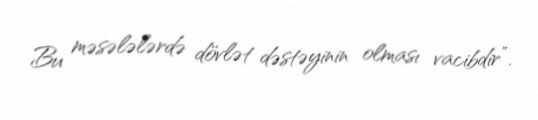
Bu məsələlərdə dövlət dəstəyinin olması vacibdir”.